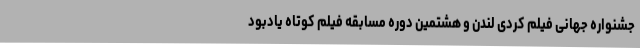
جشنواره جهانی فيلم کُردی لندن و هشتمين دوره مسابقه فيلم کوتاه يادبود